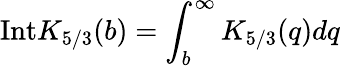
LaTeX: \mathrm{Int}K_{5/3}(b)=\int_{b}^{\infty}K_{5/3}(q)dq